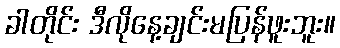
ခါတိုင်း ဒီလိုနေ့ချင်းမပြန်ဖူးဘူး။